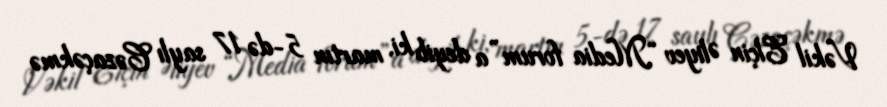
Vəkil Elçin Əliyev “Media forum”a deyib ki, martın 5-də 17 saylı Cəzaçəkmə